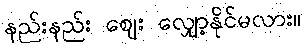
နည်းနည်း ဈေး လျှော့နိုင်မလား။